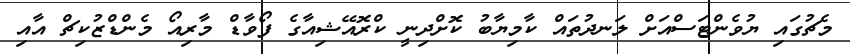
މެޗުގައި ޔުވެންޓަސްއަށް ލަނދުތައް ކާމިޔާބު ކޮށްދިނީ ކްރޮއޭޝިއާގެ ފޯވާޑް މާރިއޯ މެންޑްޒުކިޗް އާއި